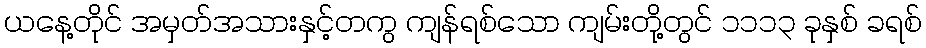
ယနေ့တိုင် အမှတ်အသားနှင့်တကွ ကျန်ရစ်သော ကျမ်းတို့တွင် ၁၁၁၃ ခုနှစ် ခရစ်